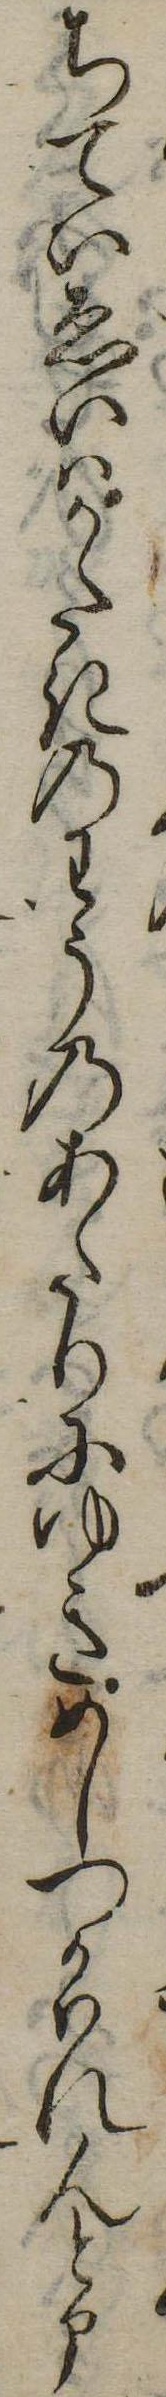
ちていゑいはかたきのわうのあたりにゆきめしつかはれんと申